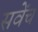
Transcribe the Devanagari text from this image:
सवेंच